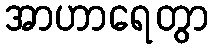
အာဟာရေတွာ